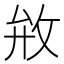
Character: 𰕇